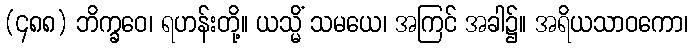
(၄၈၈) ဘိက္ခဝေ၊ ရဟန်းတို့။ ယသ္မိံ သမယေ၊ အကြင် အခါ၌။ အရိယသာဝကော၊